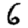
Digit: 6